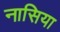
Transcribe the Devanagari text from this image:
नासिया